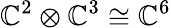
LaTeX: \mathbb{C}^{2}\otimes\mathbb{C}^{3}\cong\mathbb{C}^{6}